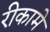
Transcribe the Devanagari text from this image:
रीकामे